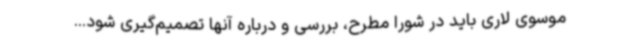
موسوی ‌لاری باید در شورا مطرح، بررسی و درباره آنها تصمیم‌گیری شود...